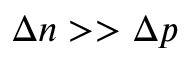
\Delta n > > \Delta p